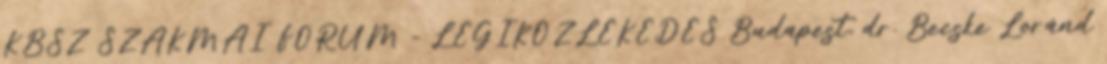
KBSZ SZAKMAI FÓRUM - LÉGIKÖZLEKEDÉS Budapest, dr. Becske Loránd